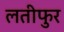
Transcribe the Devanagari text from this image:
लतीफुर